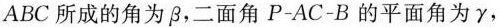
ABC所成的角为 \beta，二面角P-AC-B的平面角为 \gamma，